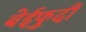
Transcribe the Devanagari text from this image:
बेईफुदी